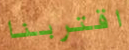
اقتربنا